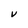
Character: V